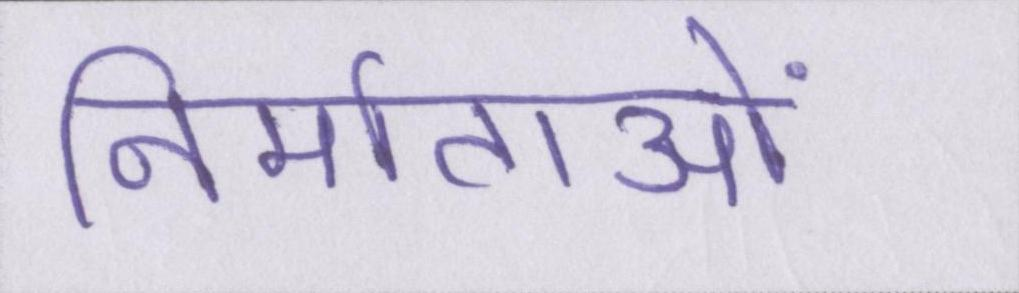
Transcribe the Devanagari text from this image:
निर्माताओं